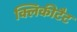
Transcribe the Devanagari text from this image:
क्लिकीटैट